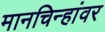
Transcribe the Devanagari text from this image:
मानचिन्हांवर